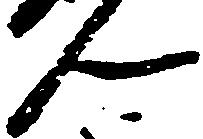
ん